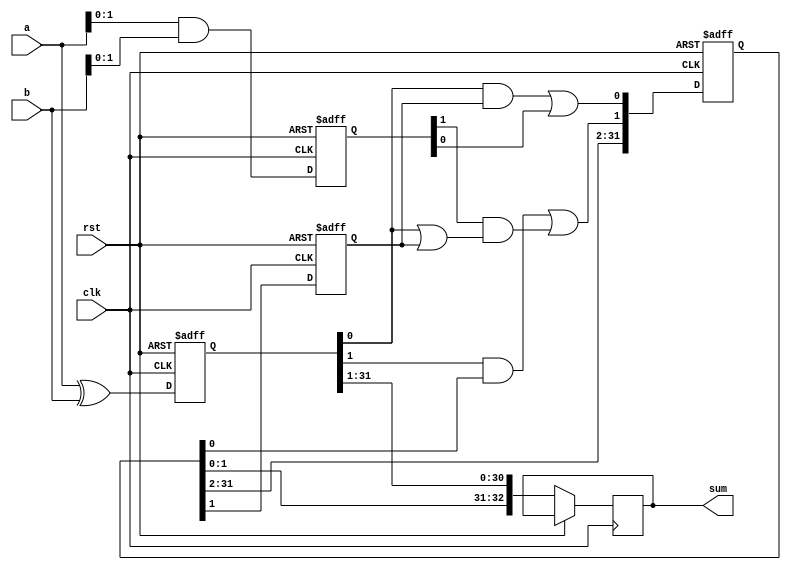
module carry_bypass_adder (
    input wire clk,
    input wire rst,
    input wire [31:0] a,
    input wire [31:0] b,
    output reg [32:0] sum
);

reg [31:0] p, g, c;
reg [1:0] carry;

always @ (posedge clk or posedge rst) begin
    if (rst) begin
        p <= 0;
        g <= 0;
        c <= 0;
        carry <= 0;
    end else begin
        p <= a ^ b;
        g <= a & b;
        c[0] <= ((p[0] & carry[0]) | (g[0]));
        c[1] <= ((p[1] & c[0]) | (g[1] & (p[0] | carry[0])));
        sum <= {c[1], c[0], p[31:1]};
        carry <= c[1];
    end
end

endmodule